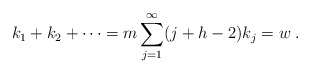
\begin{align*} k_1+k_2+\cdots = m \sum_{j=1}^{\infty} (j+h-2) k_j = w\;. \end{align*}